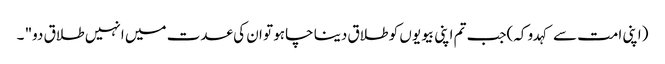
(اپنی امت سے کہدو کہ)جب تم اپنی بیویوں کو طلاق دینا چاہو تو ان کی عدت میں انہیں طلاق دو" ۔